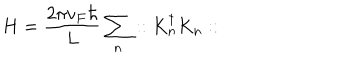
H = \frac { 2 \pi v _ { F } \hbar } { L } \sum _ { n } : : K _ { n } ^ { \dagger } K _ { n } : :